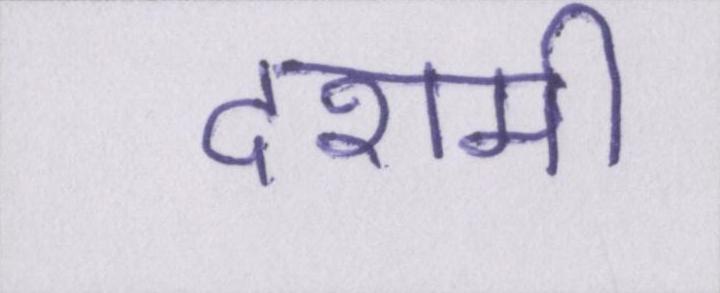
दशमी